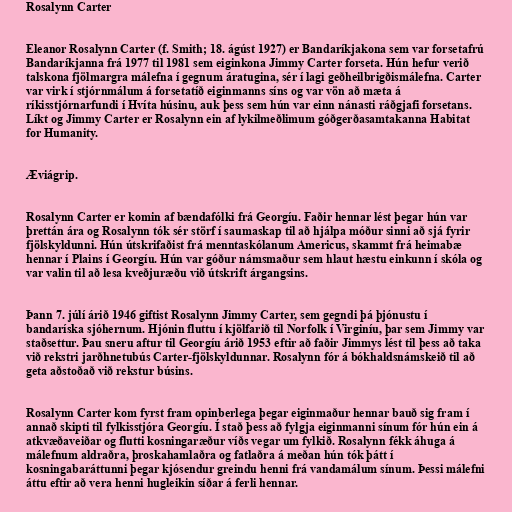
Rosalynn Carter

Eleanor Rosalynn Carter (f. Smith; 18. ágúst 1927) er Bandaríkjakona sem var forsetafrú
Bandaríkjanna frá 1977 til 1981 sem eiginkona Jimmy Carter forseta. Hún hefur verið
talskona fjölmargra málefna í gegnum áratugina, sér í lagi geðheilbrigðismálefna. Carter
var virk í stjórnmálum á forsetatíð eiginmanns síns og var vön að mæta á
ríkisstjórnarfundi í Hvíta húsinu, auk þess sem hún var einn nánasti ráðgjafi forsetans.
Líkt og Jimmy Carter er Rosalynn ein af lykilmeðlimum góðgerðasamtakanna Habitat
for Humanity.

Æviágrip.

Rosalynn Carter er komin af bændafólki frá Georgíu. Faðir hennar lést þegar hún var
þrettán ára og Rosalynn tók sér störf í saumaskap til að hjálpa móður sinni að sjá fyrir
fjölskyldunni. Hún útskrifaðist frá menntaskólanum Americus, skammt frá heimabæ
hennar í Plains í Georgíu. Hún var góður námsmaður sem hlaut hæstu einkunn í skóla og
var valin til að lesa kveðjuræðu við útskrift árgangsins.

Þann 7. júlí árið 1946 giftist Rosalynn Jimmy Carter, sem gegndi þá þjónustu í
bandaríska sjóhernum. Hjónin fluttu í kjölfarið til Norfolk í Virginíu, þar sem Jimmy var
staðsettur. Þau sneru aftur til Georgíu árið 1953 eftir að faðir Jimmys lést til þess að taka
við rekstri jarðhnetubús Carter-fjölskyldunnar. Rosalynn fór á bókhaldsnámskeið til að
geta aðstoðað við rekstur búsins.

Rosalynn Carter kom fyrst fram opinberlega þegar eiginmaður hennar bauð sig fram í
annað skipti til fylkisstjóra Georgíu. Í stað þess að fylgja eiginmanni sínum fór hún ein á
atkvæðaveiðar og flutti kosningaræður víðs vegar um fylkið. Rosalynn fékk áhuga á
málefnum aldraðra, þroskahamlaðra og fatlaðra á meðan hún tók þátt í
kosningabaráttunni þegar kjósendur greindu henni frá vandamálum sínum. Þessi málefni
áttu eftir að vera henni hugleikin síðar á ferli hennar.